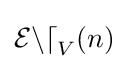
{\mathcal {End}}_{V}(n)